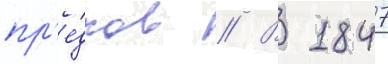
пр'е́дков // В 1847